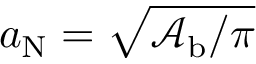
a _ { \mathrm { N } } = \sqrt { \mathcal { A } _ { \mathrm { b } } / \pi }